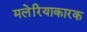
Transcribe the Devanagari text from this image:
मलेरियाकारक